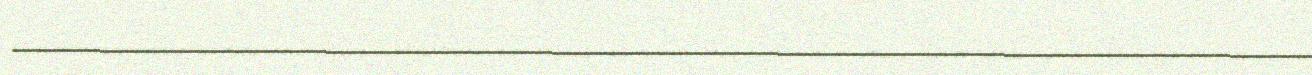
____________________________________________________